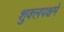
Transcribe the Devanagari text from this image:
शुक्लपक्षमे